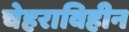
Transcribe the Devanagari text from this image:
चेहराविहीन